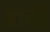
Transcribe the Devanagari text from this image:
त्रादी